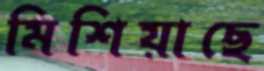
মিশিয়াছে